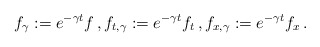
\begin{align*}f_\gamma:=e^{-\gamma t}f\,,f_{t,\gamma}:=e^{-\gamma t}f_t\,,f_{x,\gamma}:=e^{-\gamma t}f_x\,.\end{align*}